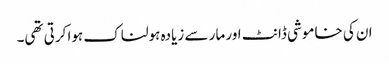
ان کی خاموشی ڈانٹ اور مار سے زیادہ ہولناک ہوا کرتی تھی۔